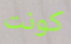
كونت